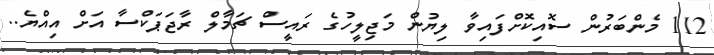
112 މެންބަރުން ސޮއިކޮށްފައިވާ ލިޔުން މަޖިލީހުގެ ރައީސް ޗަމާލް ރާޖަޕަކްސާ އަށް އިއްޔެ..